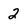
Character: 2